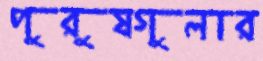
পুরুষগুলার